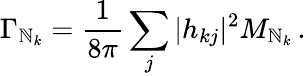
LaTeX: \Gamma_{\mathbb{N}_{k}}=\frac{{1}}{{8\pi}}\sum_{j}|h_{kj}|^{2}M_{\mathbb{N}_{k}}\, .